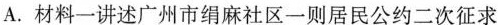
A.材料一讲述广州市绢麻社区一则居民公约二次征求